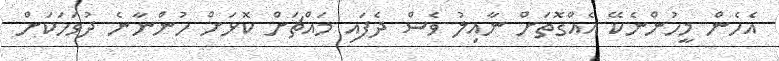
އެހެން މީހުންނެކޭ އެއްގޮތަށް ނާއިލު ވެސް ދެފައި މައްޗަށް ކޮޅަށް ހުންނާނެ ދުވަހަކަށް